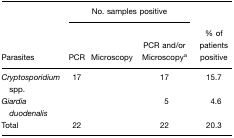
<table><thead><tr><td>[EMPTY_CELL]</td><td colspan="3"><b>No. samples positive</b></td><td>[EMPTY_CELL]</td></tr><tr><td><b>Parasites</b></td><td><b>PCR</b></td><td><b>Microscopy</b></td><td><b>PCR and/or Microscopya</b></td><td><b>% of patients positive</b></td></tr></thead><tbody><tr><td><i>Cryptosporidium</i> spp.</td><td>17</td><td>[EMPTY_CELL]</td><td>17</td><td>15.7</td></tr><tr><td><i>Giardia duodenalis</i></td><td>[EMPTY_CELL]</td><td>[EMPTY_CELL]</td><td>5</td><td>4.6</td></tr><tr><td>Total</td><td>22</td><td>[EMPTY_CELL]</td><td>22</td><td>20.3</td></tr></tbody></table>